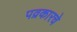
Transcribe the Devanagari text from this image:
पव्रकारचे